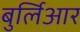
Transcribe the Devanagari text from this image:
बुर्लिआर